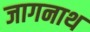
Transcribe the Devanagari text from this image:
जागनाथ